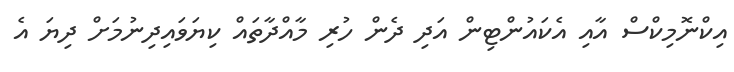
އިކްނޮމިކްސް އާއި އެކައުންޓިން އަދި ދެން ހުރި މާއްދާތައް ކިޔަވައިދިނުމަށް ދިޔަ އެ